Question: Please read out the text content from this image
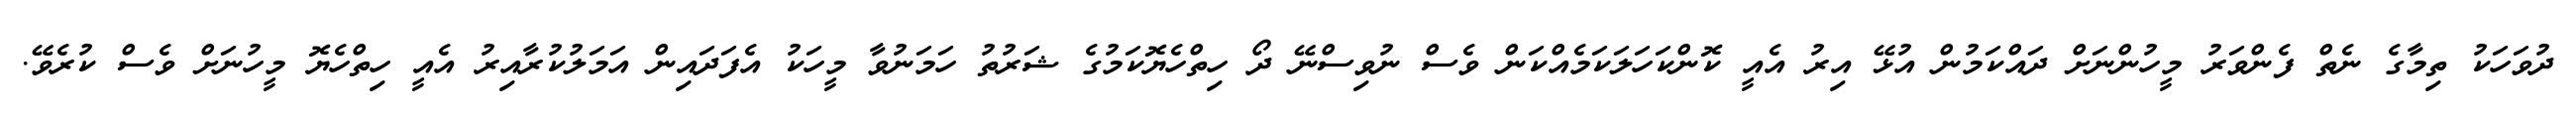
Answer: ދުވަހަކު ތިމާގެ ނެތް ފެންވަރު މީހުންނަށް ދައްކަމުން އުޅޭ އިރު އެއީ ކޮންކަހަލަކަމެއްކަން ވެސް ނުވިސްނޭ ދޯ ހިތްހެޔޮކަމުގެ ޝަރުތު ހަމަނުވާ މީހަކު އެފަދައިން އަމަލުކުރާއިރު އެއީ ހިތްހެޔޮ މީހުނަށް ވެސް ކުރެވޭ.